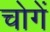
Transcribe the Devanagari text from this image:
चोगें